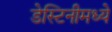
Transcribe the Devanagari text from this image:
डेस्टिनीमध्ये